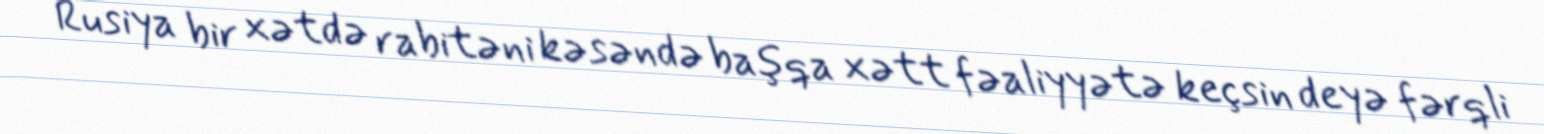
Rusiya bir xətdə rabitəni kəsəndə başqa xətt fəaliyyətə keçsin deyə fərqli